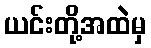
ယင်းတို့အထဲမှ